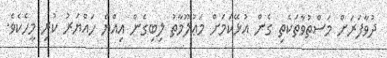
ދުވާފަރަށް މަސްތުވާތަކެތި ގެން އުޅޭކަމަށް މަޢުލޫމާތު ލިބިގެން އިއްޔެ ހައްޔަރު ކުރި މީހެކެވެ.